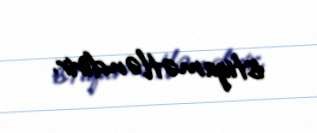
istiqamətləndirir.